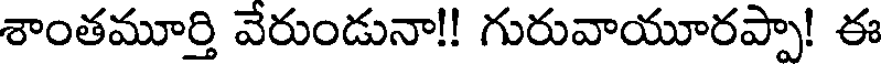
శాంతమూర్తి వేరుండునా!! గురువాయూరప్పా! ఈ